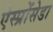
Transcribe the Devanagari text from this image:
ऐस्प्रोंसेडा